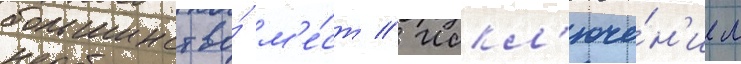
большинство́ м'е́ст // Искл'юче́н'ием